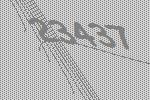
23437